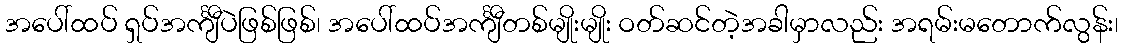
အပေါ်ထပ် ရှပ်အင်္ကျီပဲဖြစ်ဖြစ်၊ အပေါ်ထပ်အင်္ကျီတစ်မျိုးမျိုး ဝတ်ဆင်တဲ့အခါမှာလည်း အရမ်းမတောက်လွန်း၊